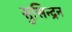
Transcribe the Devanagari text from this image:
सुसिन्द्रन